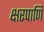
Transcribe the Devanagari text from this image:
क्षरपाणि